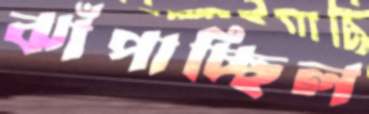
ঝাঁপাচ্ছিল